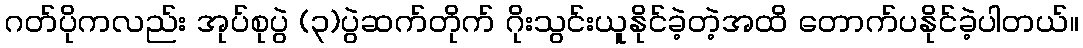
ဂတ်ပိုကလည်း အုပ်စုပွဲ (၃)ပွဲဆက်တိုက် ဂိုးသွင်းယူနိုင်ခဲ့တဲ့အထိ တောက်ပနိုင်ခဲ့ပါတယ်။